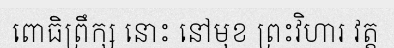
ពោធិព្រឹក្ស នោះ នៅមុខ ព្រះវិហារ វត្ត